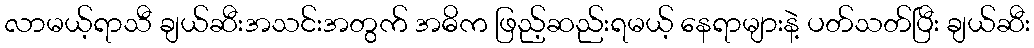
လာမယ့်ရာသီ ချယ်ဆီးအသင်းအတွက် အဓိက ဖြည့်ဆည်းရမယ့် နေရာများနဲ့ ပတ်သတ်ပြီး ချယ်ဆီး